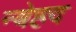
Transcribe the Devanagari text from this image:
न्बेहद